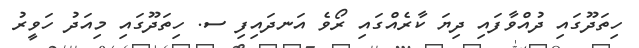
ހިތަދޫގައި ދުއްވާފައި ދިޔަ ކާރެއްގައި ރޯވެ އަނދައިފި ސ. ހިތަދޫގައި މިއަދު ހަވީރު